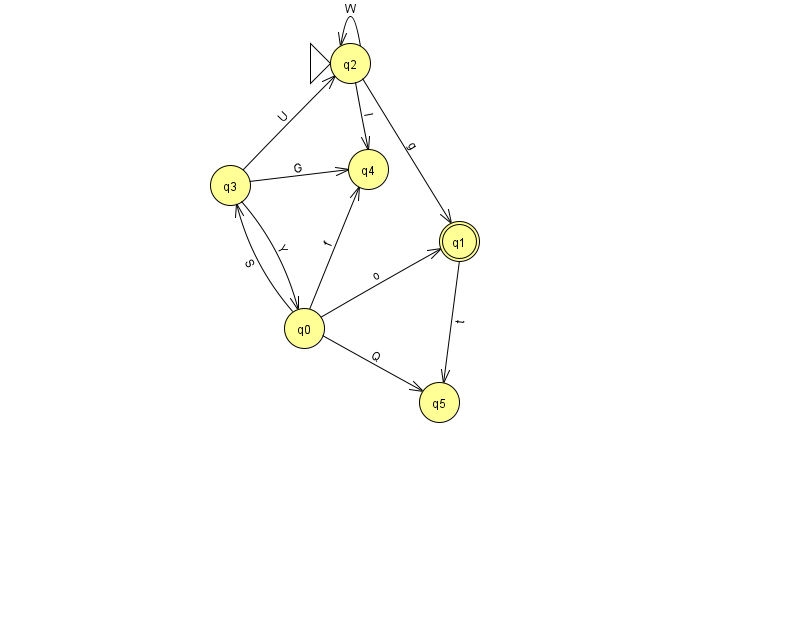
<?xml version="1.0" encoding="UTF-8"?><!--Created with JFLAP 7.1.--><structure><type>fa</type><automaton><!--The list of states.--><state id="0" name="q0"><x>304.0</x><y>315.0</y></state><state id="1" name="q1"><x>459.0</x><y>228.0</y><final/></state><state id="2" name="q2"><x>350.0</x><y>50.0</y><initial/></state><state id="3" name="q3"><x>230.0</x><y>172.0</y></state><state id="4" name="q4"><x>368.0</x><y>156.0</y></state><state id="5" name="q5"><x>439.0</x><y>389.0</y></state><!--The list of transitions.--><transition><from>3</from><to>4</to><read>G</read></transition><transition><from>0</from><to>1</to><read>o</read></transition><transition><from>0</from><to>4</to><read>f</read></transition><transition><from>3</from><to>2</to><read>U</read></transition><transition><from>0</from><to>5</to><read>Q</read></transition><transition><from>0</from><to>3</to><read>S</read></transition><transition><from>2</from><to>2</to><read>W</read></transition><transition><from>3</from><to>0</to><read>Y</read></transition><transition><from>2</from><to>1</to><read>g</read></transition><transition><from>2</from><to>4</to><read>I</read></transition><transition><from>1</from><to>5</to><read>t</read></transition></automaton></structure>